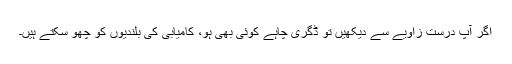
اگر آپ درست زاویے سے دیکھیں تو ڈگری چاہے کوئی بھی ہو، کامیابی کی بلندیوں کو چھو سکتے ہیں۔